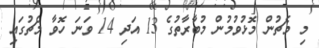
މި މެޗުން މޮޅުވުމުން މުބާރާތުގެ 13 އަދި 14 ވަނަ ހޮވާ މެޗުގައި